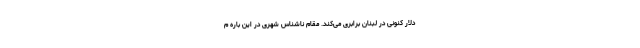
دلار کنونی در لبنان برابری می‌کند. مقام ناشناس شهری در این باره م